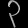
Digit: ၃